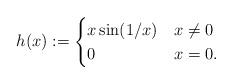
LaTeX: \begin{align*}h(x) := \begin{cases}x\sin(1/x) & x \neq 0\\0 & x= 0.\end{cases}\end{align*}